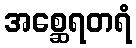
အစ္ဆေရတရံ